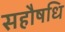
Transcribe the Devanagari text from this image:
सहौषधि